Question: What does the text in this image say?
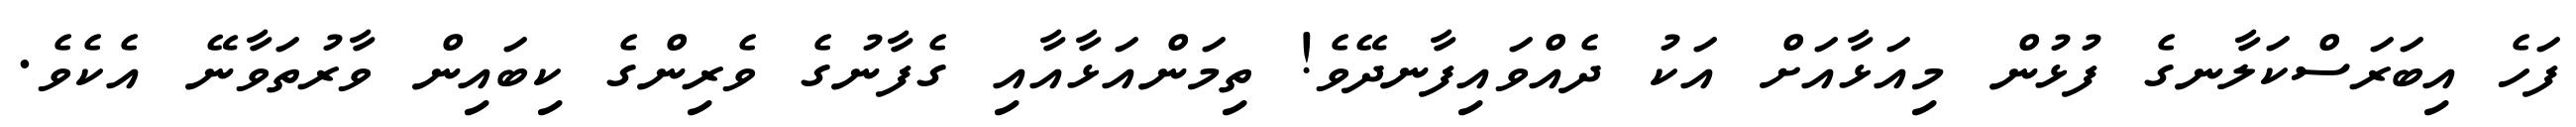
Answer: ފަހެ އިބަރަސްކަލާނގެ ފުޅުން މިއަޅާއަށް އަކު ދެއްވައިފާނދޭވެ! ތިމަންއަޅާއާއި ގެފާނުގެ ވެރިންގެ ކިބައިން ވާރުތަވާނޭ އެކެވެ.